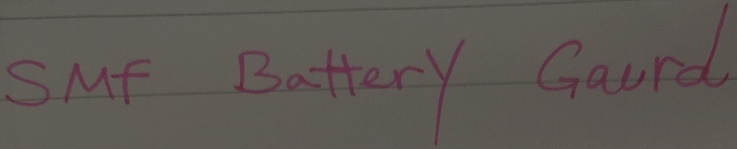
Text: SMF Battery Gaurd